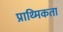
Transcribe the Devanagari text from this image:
प्राथ्मिकता